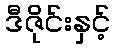
ဒီဇိုင်းနှင့်